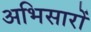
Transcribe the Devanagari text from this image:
अभिसारों